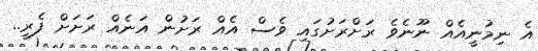
އެ ނިމުނީއެއް ނޫނެވެ ރަށްރަށުގައި ވެސް އެއް ރަށުން އަނެއް ރަށަށް ފެރީ..